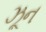
ઝૂન